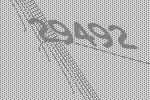
29492